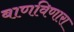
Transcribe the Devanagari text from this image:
बाणविणारा